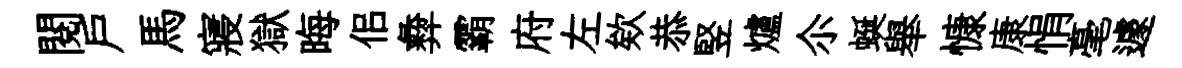
閱户馬寢獄晦佀彜霸府左欸恭竪爐尒蜒舉慷康悁毫遽